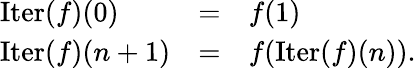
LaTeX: \begin{array}{lcl}{\operatorname{Iter}(f)(0)}&{=}&{f(1)}\\ {\operatorname{Iter}(f)(n+1)}&{=}&{f(\operatorname{Iter}(f)(n)).}\end{array}